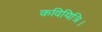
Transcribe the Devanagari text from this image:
कवियित्रि।